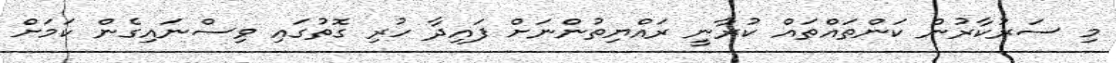
މި ސަރުކާރުން ކަންތައްތައް ކުރާނީ ރައްޔިތުންނަށް ފައިދާ ހުރި ގޮތުގައި ވިސްނައިގެން ކަމަށް